Vaccination in Burma 1900-1911 - 1900-1911
Year: 1900
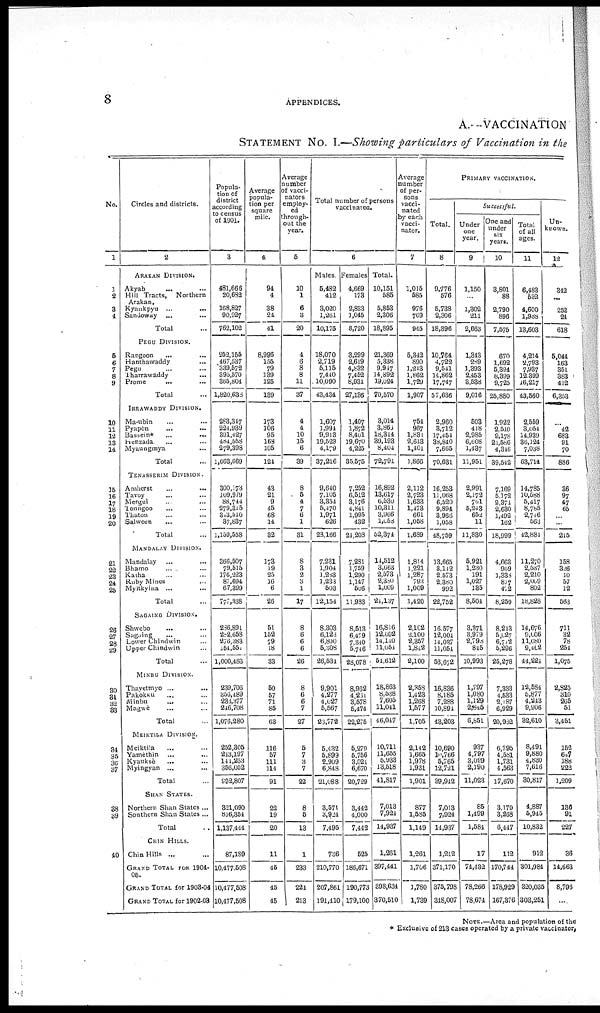
8
APPENDICES.
A.—VACCINATION
STATEMENT No. I.—Showing particulars of Vaccination in the
No.
1
1
2
3
4
5
6 7
8
9
10
11
12
13
14
15
16
17
18
19
20
21
22
23
24
25
26
27
28
29
30
31
32
33
34
35
36 37
38
39
40
Circles and districts.
2
ARAKAN DIVISION.
Akyab ... ... ... ...
Hill Tracts,
Northern
Arakan.
Kyaukpyu ... ... ... ...
Sandoway... ... ...
Total...
PEGU DIVISION.
Rangoon ... ... ...
Hanthawaddy... ...
Pegu... ... ...
Tharrawaddy... ... ...
Prome... ... ...
Total... ...
IRRAWADDY DIVISION.
Ma-ubin... ... ...
Pyapôn... ... ...
Bassein* ... ... ...
Henzada... ... ...
Myaungmya... ... ...
Total...
TENASSERIM DIVISION.
Amherst... ... ...
Tavoy... ... ...
Mergui... ... ...
Toungoo... ... ...
Thaton... ... ...
Salween... ... ...
Total...
MANDALAY DIVISION.
Mandalay... ... ...
Bhamo... ... ...
Katha... ... ...
Ruby Mines... ... ...
Myitkyina... ... ...
Total...
SAGAING DIVISION.
Shwebo... ...
Sagaing... ...
Lower Chindwin... ... ...
Upper Chindwin... ...
Total...
MINBU DIVISION.
Thayetmyo... ... ...
Pakokku... ... ...
Minbu... ... ...
Magwè... ... ...
Total...
MEIKTILA DIVISION.
Meiktila... ...
Yamèthin... ...
Kyauksè... ... ...
Myingyan ... ... ...
Total...
SHAN STATES.
Northern Shan States... ...
Southern Shan States ...
Total...
CHIN HILLS.
Chin Hills ... ... ...
GRAND TOTAL FOR 1904-
05.
GRAND TOTAL for 1903-04
GRAND TOTAL for 1902-03
Popula-
tion of
district
according
to census
of 1901.
3
481,666
20,682
168,827
90,927
762,102
252,155
467,537
339,572
395,570
365,804
1,820,638
283,347
224,939
391,427
464,558
279,398
1,663,669
300,173
109,979
88,744
279,315
313,510
37,837
1,159,558
366,507
79,515
176,223
87,694
67,399
777,338
236,891
282,658
276,383
154,551
1,000,483
239,706
856,489
234,377
246,708
1,076,280
252,305
213,197
141,253
356,052
992,807
321,090
816,354
1,137,444
87,189
10,477,508
10,477,508
10,477,508
Average
popula-
tion per
square
mile.
4
94
4
38
24
41
8,996
155
79
139
125
139
173
106
95
168
105
124
43
21
9
45
68
14
32
173
19
25
16
6
26
51
152
79
18
33
50
57
71
85
63
116
57
111
114
91
22
19
20
11
45
45
45
Average
number
of vacci-
nators
employ-
ed
through-
out the
year.
5
10
1
6
3
20
4
6
8
8
11
37
4
4
10
15
6
39
8
5
4
7
6
1
31
8
3
2
3
1
17
8
6
6
6
26
8
6
6
7
27
5
7
3
7
22
8
5
13
1
233
221
213
Total number of persons
vaccinated.
6
Males.
5,482
412
3,020
1,261
10,175
18,070
2,719
5,115
7,440
10,090
43,434
1,607
1,994
9,913
19,523
4,179
37,216
9,640
7,105
3,354
5,470
1,971
626
23,166
7,231
1,904
1,283
1,233
503
12,154
8,303
6,123
6,800
5,308
26,534
9,901
4,277
4,027
5,567
23,772
5,432
5,899
2,909
6,848
21,088
3,571
3,924
7,495
736
210,770
207,861
191,410
Females
4,669
173
2,833
1,045
8,720
3,299
2,619
4,832
7,452
8,934
27,136
1,407
1,872
8,401
19,670
4,225
35,575
7,252
6,512
3,176
4,811
1,995
432
21,208
7,231
1,759
1,290
1,147
506
11,983
8,513
6,479
7,340
5,746
23,078
8,962
4,261
3,578
5,474
22,275
5,279
5,756
3,024
6,670
20,729
3,442
4,000
7,442
525
186,671
190,773
179,100
Total.
10,151
585
5,853
2,306
18,895
21,369
5,338
9,947
14,892
19,024
70,570
3,014
3,866
18,314
39,193
8,404
72,791
16,892
13,617
6,530
10,311
3,066
l,058
52,374
14,512
3,663
2,573
2,380 1,009
21,137
16,816
12,602
14,140
11,054
54,612
18,863
8,538
7,605
11,041
46,017
10,711
11,655
5,938 13,518
41,817
7,013
7,924
14,937
1,261
397,441
398,634
370,510
Average
number
of per-
sons
vacci-
nated
by each
vacci-
nator.
7
1,015
585
976
769
945
5,342
890
1,218
1,862
1,729
1,907
754
967
1,831
2,613
1,401
1,866
2,112
2,723
1,633
1,473
661
1,058
1,689
1,814
1,221
1,287
793
1,009
1,420
2,102
2,100
2,357
1,842
2,100
2,358
1,423
1,268
1,577
1,705
2,142
1,665
1,978
1,931
1,901
877
1,585
1,149
1,261
1,706
1,780
1,739
PRIMARY VACCINATION.
Total.
8
9,776
576
5,738
2,306
18,396
10,764
4,722
9,541
14,862
17,747
57,636
2,960
3,712
17,454
38,840
7,665
70,631
16,253
11,068
6,520
9,894
3,966
1,058
48,759
13,665
3,142
2,573
2,380
992
22,752
16,577
12,004
14,037
11,054
53,672
16,836
8,185
7,288
10,894
43,203
10,690
10,766
5,765
12,721
39,912
7,013
7,924
14,937
1,242
371,170
375,798
318,007
Successful.
Under
one
year.
9
1,150
...
1,302
211
2,663
1,343
289
1,393
2,453
3,538
9,016
503
418
2,985
6,608
1,437
11,951
2,991
2,172
761
5,243
652
11
11,830
5,921
1,230
191
1,027
185
8,504
3,371
3,979
2,798
845
10,993
1,797
1,080
1,129
2,845
6,851
937
4,797
3,099
2,190
11,023
85
1,499
1,584
17
74,432
78,266
78,674
One and
under
six
years.
10
3,801
88
2,790
896
7,575
670
1,692
5,394
8,399
9,725
25,880
1,922
2,510
9,178
21,586
4,316
39,542
7,169
5,172
2,374
2,630
1,492
162
18,999
4,663
969
1,338
817
412
8,259
8,213
5,027
6,702
5,296
25,278
7,333
4,533
2,187
6,929
20,982
6,795
4,581
1,731
4,563
17,670
3,179
3,268
6,447
112
170,744
178,929
167,376
Total
of all
ages.
11
6,483
532
4,600
1,988
13,603
4,214
2,793
7,937
12,399
16,217
43,560
2,559
3,054
14,939
36,124
7,038
63,714
14,785
10,588
5,417
8,785
2,746
563
42,881
11,270
2,537
2,210
2,069
802
18,828
14,676
9,006
11,080
9,462
44,221
12,584
5,877
4,243
9,906
32,610
8,491
9,880
4,830
7,616
30,817
4,887
5,945
10,832
912
301,984
320,035
303,251
Un-
known.
12
342
...
...
24
618
5,044
163
351
383
412
6,353
...
42
683
91
70
886
36
97
47
65
...
...
215
158
326
10
57
12
563
711
32
78
254
1,075
2,825
310
265
51
3,451
152
647
188
222
1,209
136
91
227
36
14,663
8,796
...
NOTE.—Area and population of the
* Exclusive of 213 cases operated by a private vaccinator.